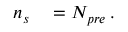
\begin{array} { r l } { n _ { s } } & { { } = N _ { p r e } \, . } \end{array}